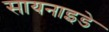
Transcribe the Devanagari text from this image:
सायनाइडे